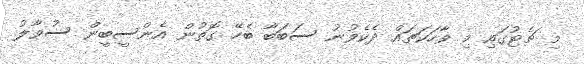
މި ޗެޓުގައި މި ވާހަކަތައް ދެކެވުނު ސަބަބާ ބެހޭ ގޮތުން އެންސީބީން ސުވާލު